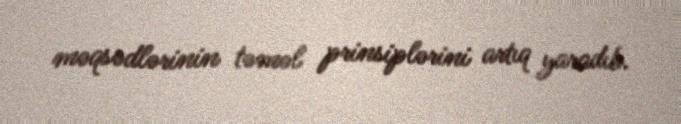
məqsədlərinin təməl prinsiplərini artıq yaradıb.